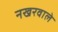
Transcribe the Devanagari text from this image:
नखरवाले